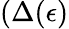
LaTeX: (\Delta(\epsilon)